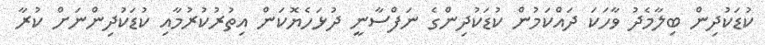
ކުޑަކުދިން ބިލާމެދު ވާހަކަ ދައްކަމުން ކުޑަކުދިންގެ ނަފްސާނީ ދުޅަހެޔޮކަން އިތުރުކުރުމާއި ކުޑަކުދިންނަށް ކުރާ